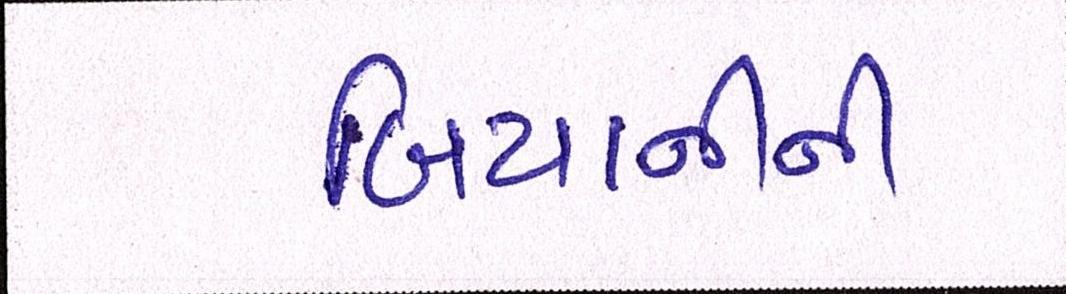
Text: બિયાનીની